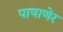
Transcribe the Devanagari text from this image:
पाषाणेर